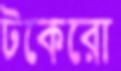
টকেরো